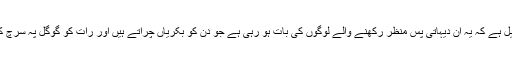
تو آپکا خایل ہے کہ یہ ان دیہاتی پس منظر رکھنے والے لوگوں کی بات ہو رہی ہے جو دن کو بکریاں چراتے ہیں اور رات کو گوگل پہ سرچ کرتے ہیں۔